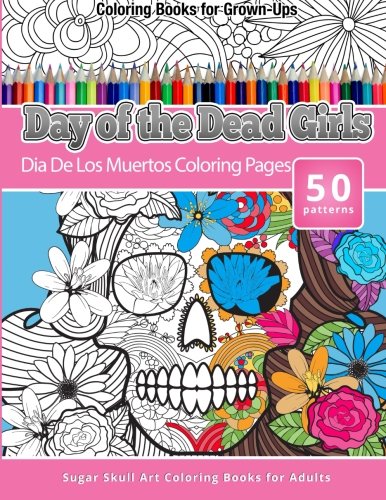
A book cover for Coloring Books for Grown-Ups Day of the Dead Girls: Dia De Los Muertos Coloring Pages (Sugar Skull Art Coloring Books for Adults) (Day of the Dead Coloring Books) (Volume 3); Chiquita Publishing; Arts & Photography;